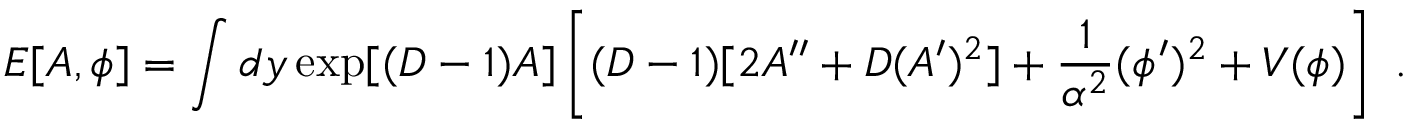
E [ A , \phi ] = \int d y \exp [ ( D - 1 ) A ] \left[ ( D - 1 ) [ 2 A ^ { \prime \prime } + D ( A ^ { \prime } ) ^ { 2 } ] + { \frac { 1 } { \alpha ^ { 2 } } } ( \phi ^ { \prime } ) ^ { 2 } + V ( \phi ) \right] ~ .